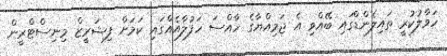
ހަވާލުކުރީ ތައިލެންޑްގައި ބޭއްވި އެ ޖަމިއްޔާގެ ހާއްސަ ހަފުލާއެެއްގައި ކަމަަށް ފިޝަރީޒް މިނިސްޓްރީން